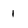
Character: 1